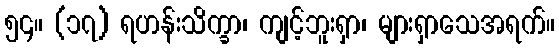
၅၄။ (၁၇) ရဟန်းသိက္ခာ၊ ကျင့်ဘူးရှာ၊ များရှာသေအရက်။